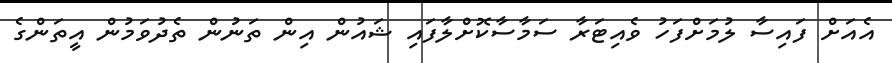
އެއަށް ފައިސާ ލުމަށްފަހު ވެއިޓަރާ ސަމާސާކޮށްލާފައި ޝައުން އިން ތަނުން ތެދުވަމުން އީތަންގެ